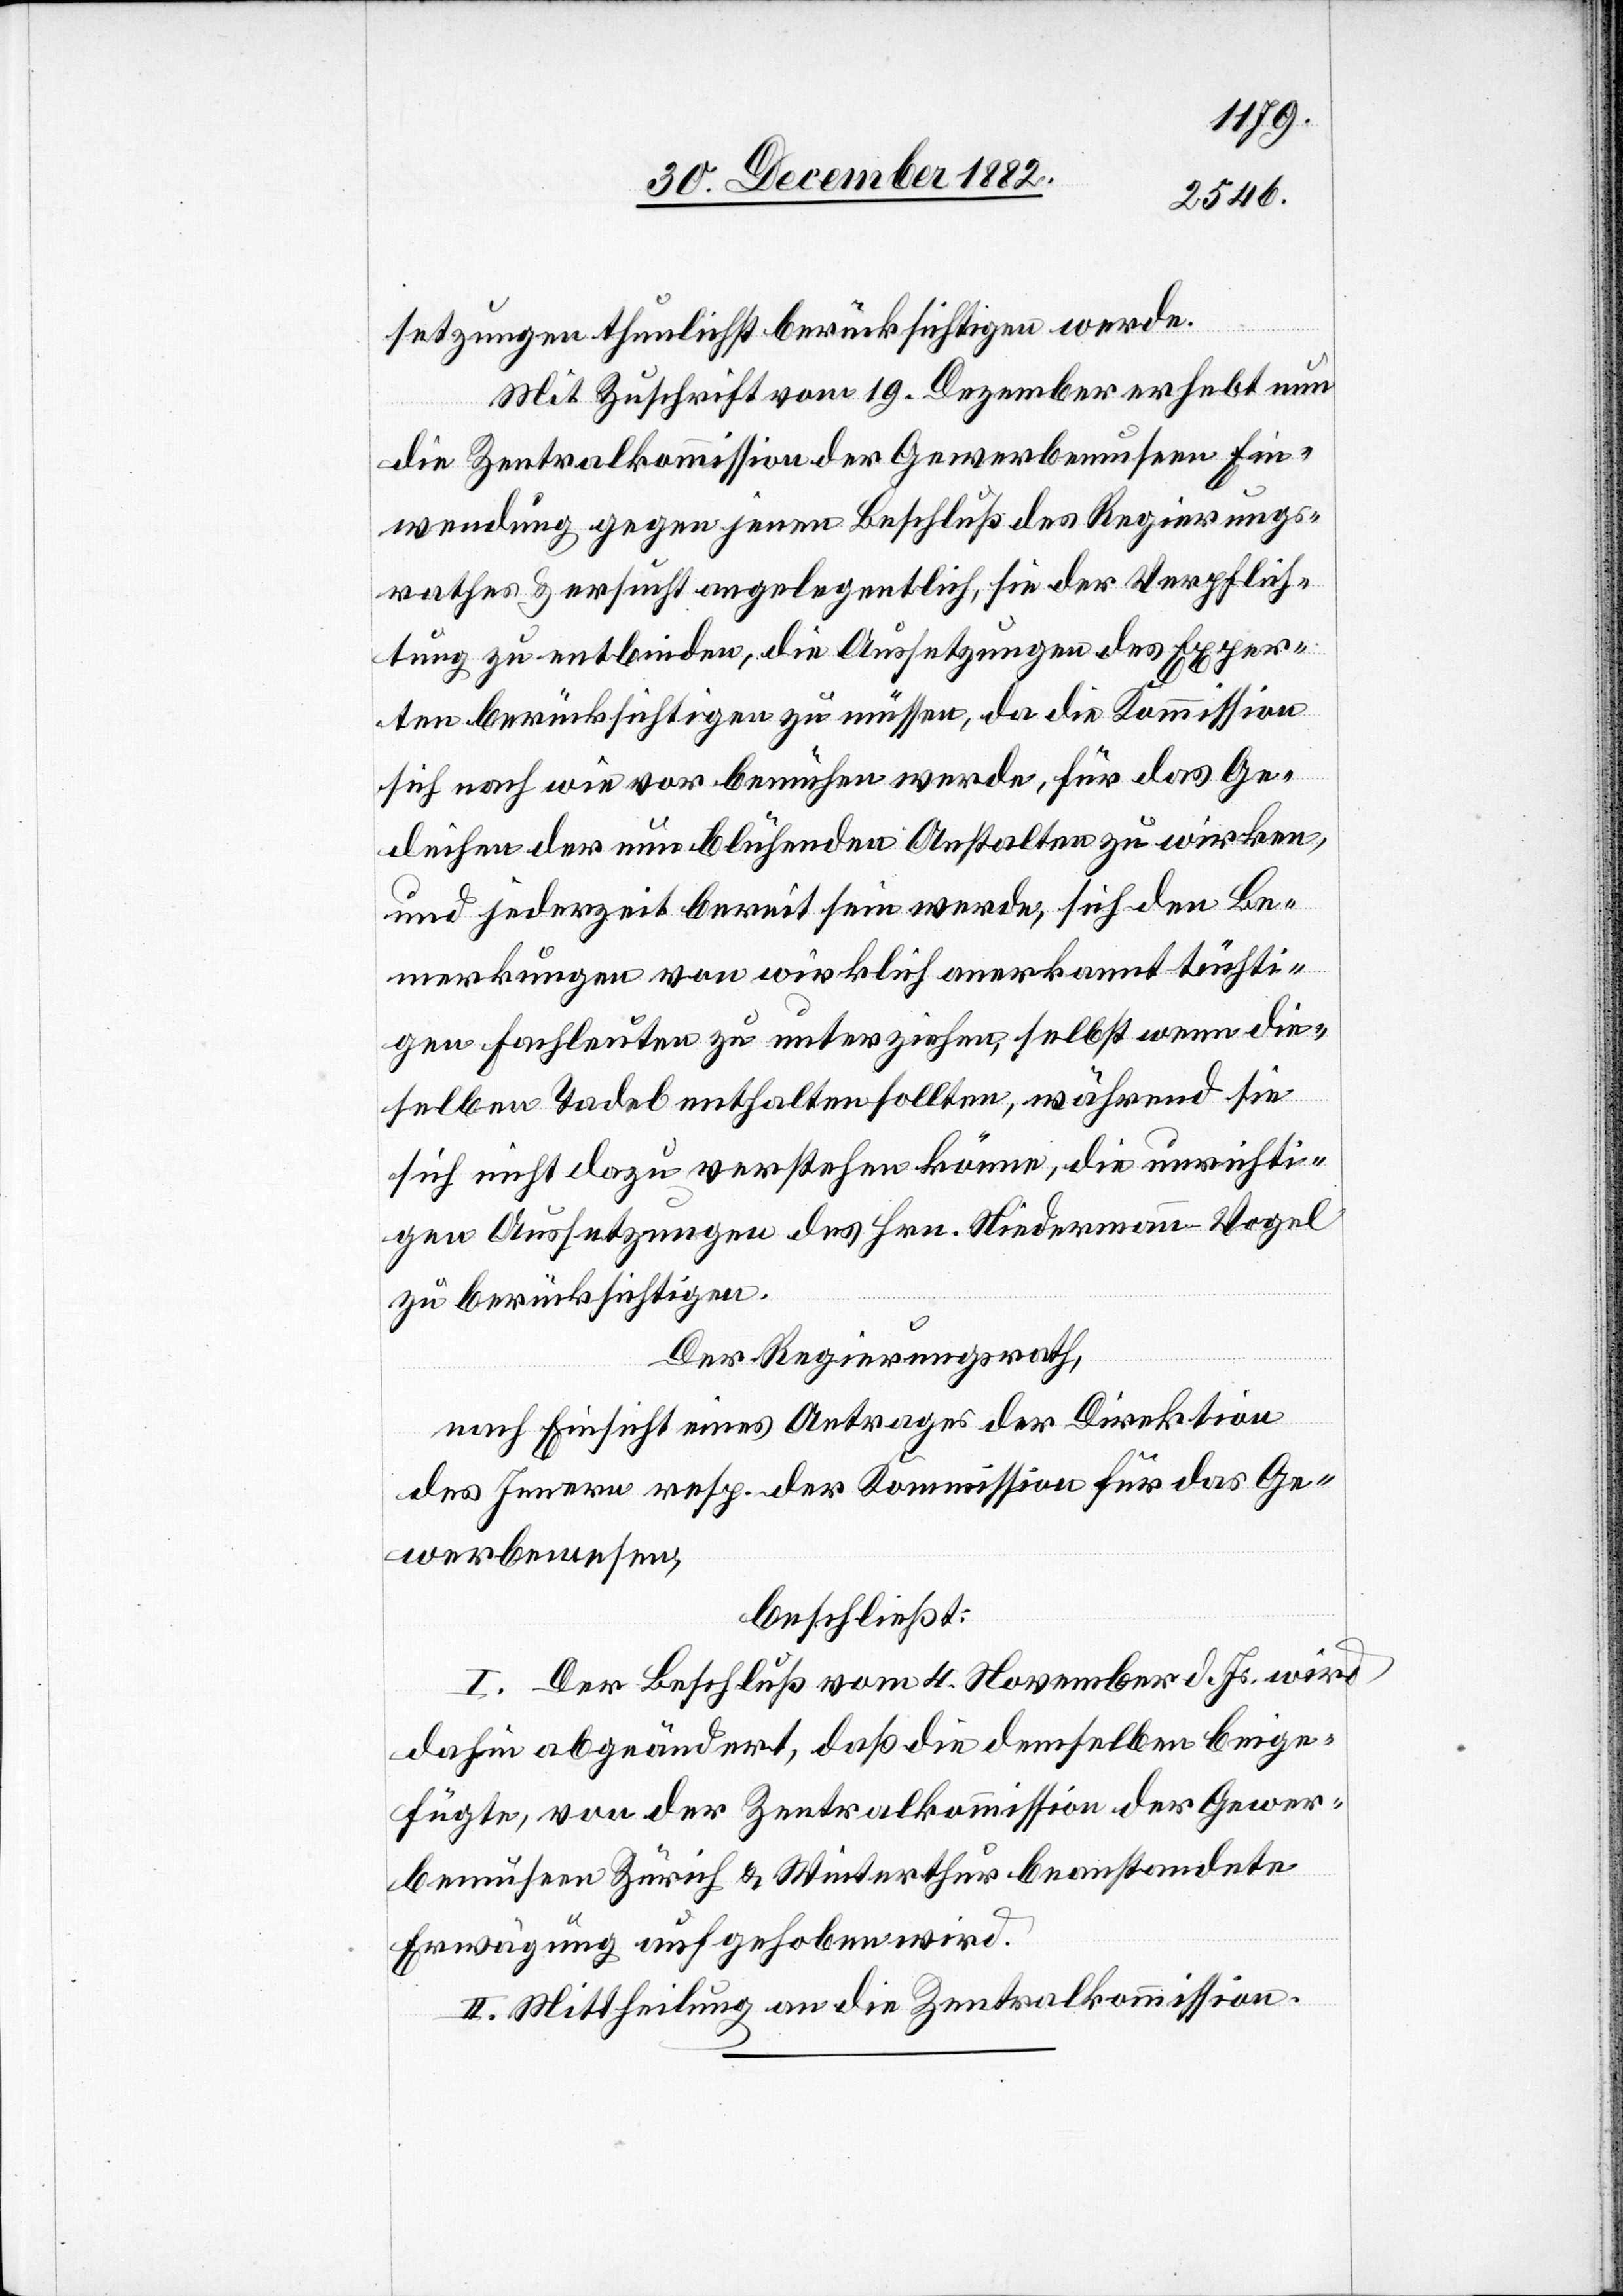
setzungen thunlichst berücksichtigen werde.
Mit Zuschrift vom 19. Dezember erhebt nun
die Zentralkommission der Gewerbemuseen Ein¬
wendung gegen jenen Beschluß des Regierungs¬
rathes & ersucht angelegentlich, sie der Verpflich¬
tung zu entbinden, die Aussetzungen des Exper¬
ten berücksichtigen zu müssen, da die Kommission
sich nach wie vor bemühen werde, für das Ge¬
deihen der nun blühenden Anstalten zu wirken,
und jederzeit bereit sein werde, sich den Be¬
merkungen von wirklich anerkannt tüchti¬
gen Fachleuten zu unterziehen, selbst wenn die¬
selben Tadel enthalten sollten, während sie
sich nicht dazu verstehen können, die unrichti¬
gen Aussetzungen des Hrn. Niedermann-Vogel
zu berücksichtigen.
Der Regierungsrath,
nach Einsicht eines Antrages der Direktion
des Innern resp. der Kommission für das Ge¬
werbewesen,
beschließt:
I. Der Beschluß vom 4. November d. Js. wird
dahin abgeändert, daß die demselben beige¬
fügte, von der Zentralkommission der Gewer¬
bemuseen Zürich & Winterthur beanstandete
Erwägung aufgehoben wird.
II. Mittheilung an die Zentralkommission.